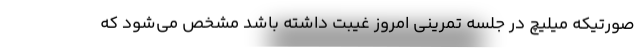
صورتیکه میلیچ در جلسه تمرینی امروز غیبت داشته باشد مشخص می‌شود که